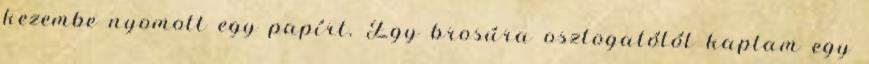
kezembe nyomott egy papírt. Egy brosúra osztogatótól kaptam egy